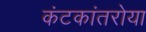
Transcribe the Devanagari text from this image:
कंटकांतरोया